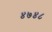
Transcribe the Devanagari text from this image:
४७४८